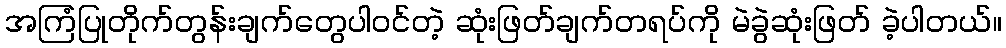
အကြံပြုတိုက်တွန်းချက်တွေပါဝင်တဲ့ ဆုံးဖြတ်ချက်တရပ်ကို မဲခွဲဆုံးဖြတ် ခဲ့ပါတယ်။